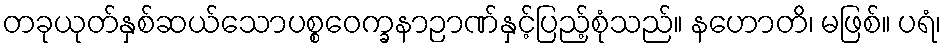
တခုယုတ်နှစ်ဆယ်သောပစ္စဝေက္ခနာဉာဏ်နှင့်ပြည့်စုံသည်။ နဟောတိ၊ မဖြစ်။ ပရံ၊